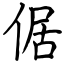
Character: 倨